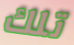
تلك